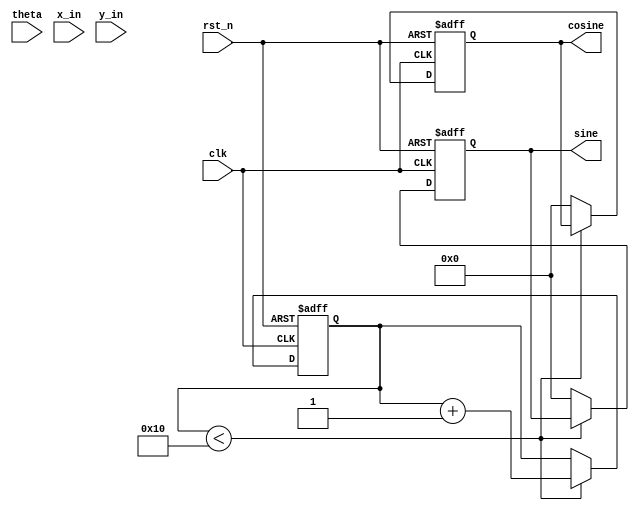
module cordic_rotational #(
    parameter WIDTH = 16,               // Width of fixed-point representation
    parameter ITERATIONS = 16           // Number of iterations for precision
)(
    input wire clk,                     // Clock signal
    input wire rst_n,                   // Asynchronous reset (active low)
    input wire [WIDTH-1:0] theta,      // Angle input in fixed-point
    input wire [WIDTH-1:0] x_in,        // X coordinate input
    input wire [WIDTH-1:0] y_in,        // Y coordinate input
    output reg [WIDTH-1:0] cosine,      // Cosine output
    output reg [WIDTH-1:0] sine         // Sine output
);

    // CORDIC gain constant (fixed-point representation)
    localparam [WIDTH-1:0] CORDIC_GAIN = 16'h26DD; // Approx. 0.607

    // Lookup table for arctangent values (fixed-point representation)
    reg [WIDTH-1:0] atan_table [0:ITERATIONS-1];
    initial begin
        atan_table[0] = 16'h2000; // atan(2^-0)
        atan_table[1] = 16'h1000; // atan(2^-1)
        atan_table[2] = 16'h0800; // atan(2^-2)
        atan_table[3] = 16'h0400; // atan(2^-3)
        atan_table[4] = 16'h0200; // atan(2^-4)
        atan_table[5] = 16'h0100; // atan(2^-5)
        atan_table[6] = 16'h0080; // atan(2^-6)
        atan_table[7] = 16'h0040; // atan(2^-7)
        atan_table[8] = 16'h0020; // atan(2^-8)
        atan_table[9] = 16'h0010; // atan(2^-9)
        atan_table[10] = 16'h0008; // atan(2^-10)
        atan_table[11] = 16'h0004; // atan(2^-11)
        atan_table[12] = 16'h0002; // atan(2^-12)
        atan_table[13] = 16'h0001; // atan(2^-13)
        atan_table[14] = 16'h0001; // atan(2^-14)
        atan_table[15] = 16'h0000; // atan(2^-15)
    end

    // Internal registers
    reg [WIDTH-1:0] x, y, z;
    reg [4:0] iteration; // 5 bits for iteration count

    // State machine for CORDIC iterations
    always @(posedge clk or negedge rst_n) begin
        if (!rst_n) begin
            x <= x_in;
            y <= y_in;
            z <= theta;
            iteration <= 0;
            cosine <= 0;
            sine <= 0;
        end else if (iteration < ITERATIONS) begin
            if (z < 0) begin
                // Rotate clockwise
                x <= x + (y >>> iteration);
                y <= y - (x >>> iteration);
                z <= z + atan_table[iteration];
            end else begin
                // Rotate counterclockwise
                x <= x - (y >>> iteration);
                y <= y + (x >>> iteration);
                z <= z - atan_table[iteration];
            end
            iteration <= iteration + 1;
        end else begin
            // Final output after iterations
            cosine <= (x * CORDIC_GAIN) >>> 16; // Scale output
            sine <= (y * CORDIC_GAIN) >>> 16;   // Scale output
        end
    end

endmodule